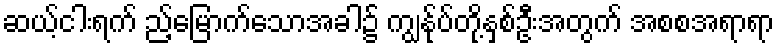
ဆယ့်ငါးရက် ည့်မြောက်သောအခါ၌ ကျွန်ုပ်တို့နှစ်ဦးအတွက် အစစအရာရာ